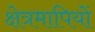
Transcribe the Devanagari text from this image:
क्षेत्रमापियों